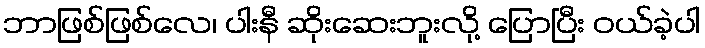
ဘာဖြစ်ဖြစ်လေ၊ ပါးနီ ဆိုးဆေးဘူးလို့ ပြောပြီး ဝယ်ခဲ့ပါ